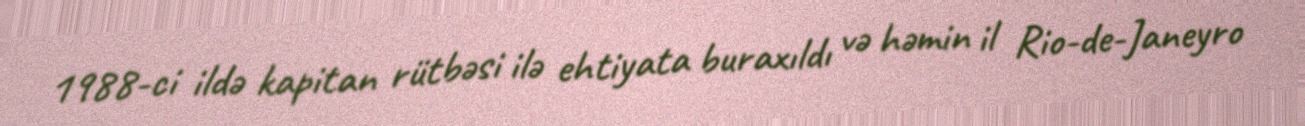
1988-ci ildə kapitan rütbəsi ilə ehtiyata buraxıldı və həmin il Rio-de-Janeyro